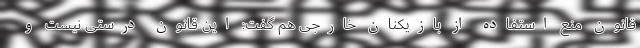
قانون منع استفاده از بازیکنان خارجی هم گفت: این قانون درستی نیست و